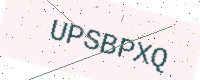
Text: UPSBPXQ